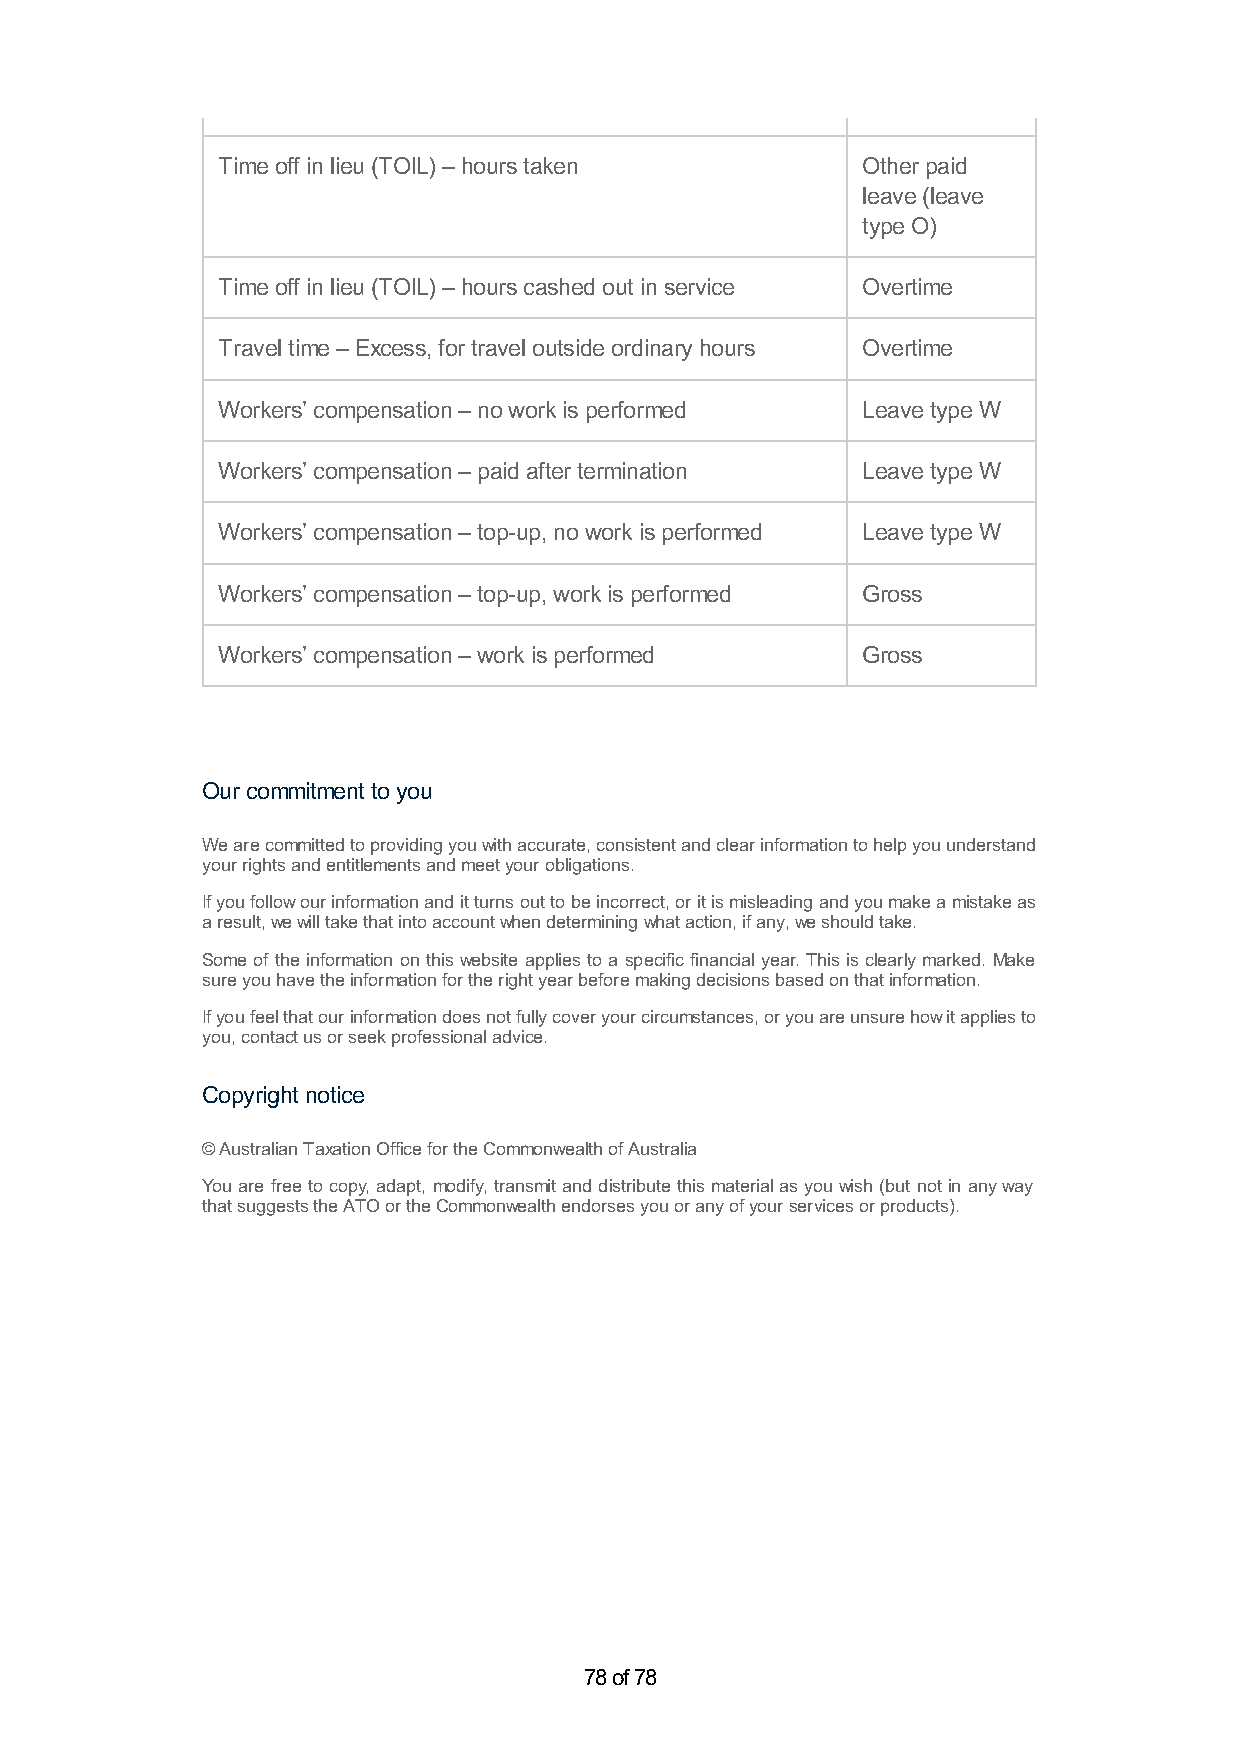
Time off in lieu (TOIL) – hours taken      Other paid
 leave (leave
 type O)
 Time off in lieu (TOIL) – hours cashed out in service Overtime
 Travel time – Excess, for travel outside ordinary hours Overtime
 Workers’ compensation – no work is performed Leave type W
 Workers’ compensation – paid after termination Leave type W
 Workers’ compensation – top-up, no work is performed Leave type W
 Workers’ compensation – top-up, work is performed Gross
 Workers’ compensation – work is performed  Gross
 Our commitment to you
 We are committed to providing you with accurate, consistent and clear information to help you understand
 your rights and entitlements and meet your obligations.
 If you follow our information and it turns out to be incorrect, or it is misleading and you make a mistake as
 a result, we will take that into account when determining what action, if any, we should take.
 Some of the information on this website applies to a specific financial year. This is clearly marked. Make
 sure you have the information for the right year before making decisions based on that information.
 If you feel that our information does not fully cover your circumstances, or you are unsure how it applies to
 you, contact us or seek professional advice.
 Copyright notice
 © Australian Taxation Office for the Commonwealth of Australia
 You are free to copy, adapt, modify, transmit and distribute this material as you wish (but not in any way
 that suggests the ATO or the Commonwealth endorses you or any of your services or products).
 78 of 78